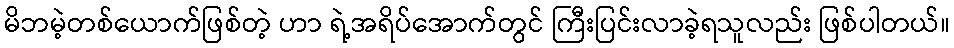
မိဘမဲ့တစ်ယောက်ဖြစ်တဲ့ ဟာ ရဲ့အရိပ်အောက်တွင် ကြီးပြင်းလာခဲ့ရသူလည်း ဖြစ်ပါတယ်။